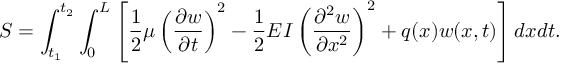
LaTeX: S = \int _ { t _ { 1 } } ^ { t _ { 2 } } \int _ { 0 } ^ { L } \left[ { \frac { 1 } { 2 } } \mu \left( { \frac { \partial w } { \partial t } } \right) ^ { 2 } - { \frac { 1 } { 2 } } E I \left( { \frac { \partial ^ { 2 } w } { \partial x ^ { 2 } } } \right) ^ { 2 } + q ( x ) w ( x , t ) \right] d x d t .